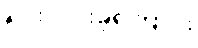
ရှင်းလင်းခဲ့ကြောင်း